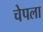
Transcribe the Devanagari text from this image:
चेपला